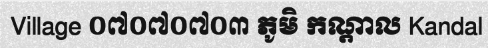
Village ០៧០៧០៧០៣ ភូមិ កណ្តាល Kandal